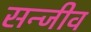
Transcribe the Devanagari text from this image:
सन्जीव